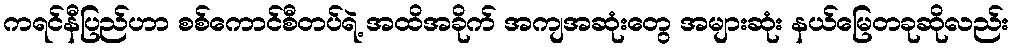
ကရင်နီပြည်ဟာ စစ်ကောင်စီတပ်ရဲ့ အထိအခိုက် အကျအဆုံးတွေ အများဆုံး နယ်မြေတခုဆိုလည်း